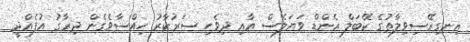
އިނގިރޭސިވިލާތުގެ ކޭބަލް އެންޑް ވަޔަލެސް އާއި ދިވެހި ސަރުކާރު ހިއްސާވެގެން ދިރާގު އުފެއްދީ